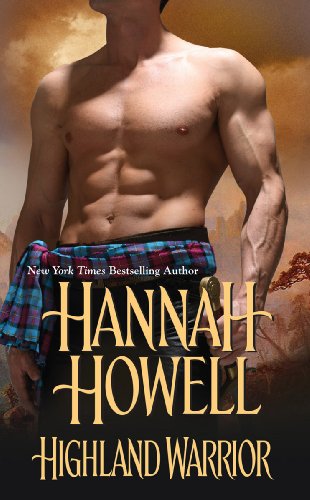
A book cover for Highland Warrior; Hannah Howell; Romance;